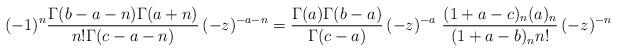
LaTeX: \begin{align*} (-1)^n \frac{\Gamma(b - a - n) \Gamma(a + n)}{n! \Gamma(c - a - n)}\, (-z)^{-a-n} = \frac{\Gamma(a) \Gamma(b - a)}{\Gamma(c - a)}\, (-z)^{-a}\ \frac{(1 + a - c)_n (a)_n} {(1 + a - b)_n n!}\, (-z)^{-n}\end{align*}